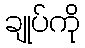
ချုပ်ကို